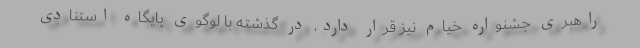
راهبری جشنواره خیام نیز قرار دارد، در گذشته با لوگوی پایگاه استنادی